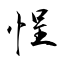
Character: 悜